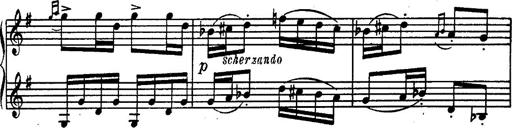
Title: Magyar rapszÃ³diÃ¡k
Composer: Franz Liszt